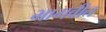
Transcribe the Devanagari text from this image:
भागवीत